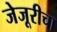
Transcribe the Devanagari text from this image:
जेजूरीचा